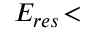
E _ { r e s } \! <